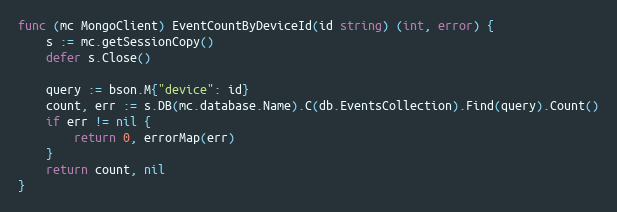
Language: Go
func (mc MongoClient) EventCountByDeviceId(id string) (int, error) {
	s := mc.getSessionCopy()
	defer s.Close()

	query := bson.M{"device": id}
	count, err := s.DB(mc.database.Name).C(db.EventsCollection).Find(query).Count()
	if err != nil {
		return 0, errorMap(err)
	}
	return count, nil
}